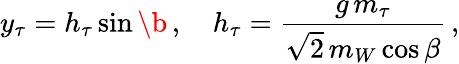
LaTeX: y_{\tau}=h_{\tau}\sin\b\, ,\quad h_{\tau}=\frac{g\, m_{\tau}}{\sqrt 2\, m_{W}\cos\beta}\, ,